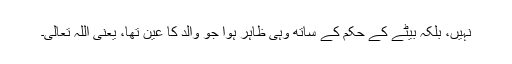
نہیں، بلکہ بیٹے کے حکم کے ساتھ وہی ظاہر ہوا جو والد کا عین تھا، یعنی اللہ تعالیٰ۔